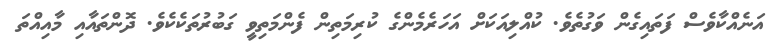
އަނެއްކާވެސް ފަތައިގެން ވަގުތެވެ. ކުއްލިއަކަށް އަހަރެމެންގެ ކުރިމަތިން ފެންމަތިވީ ގަބުރުތަކެކެވެ. ދޮންތައާއި މާއިއްތަ